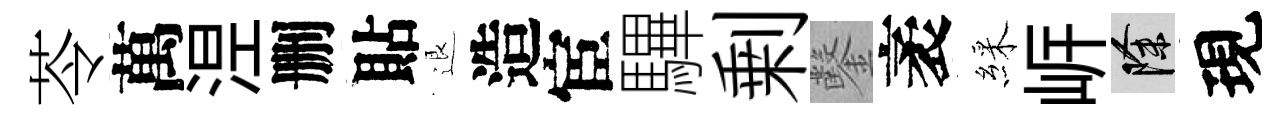
苓萬𣵀删貼退造宦驆剰鑿袤綵㟁除現